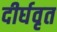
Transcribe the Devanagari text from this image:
दीर्घवृत